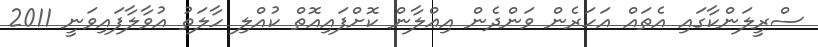
ސްރީލަންކާގައި އެތައް އަހަރެން ވަންދެން އިޢްލާން ކޮށްފައިއޮތް ކުއްލި ހާލަތު އުވާލާފައިވަނީ 2011